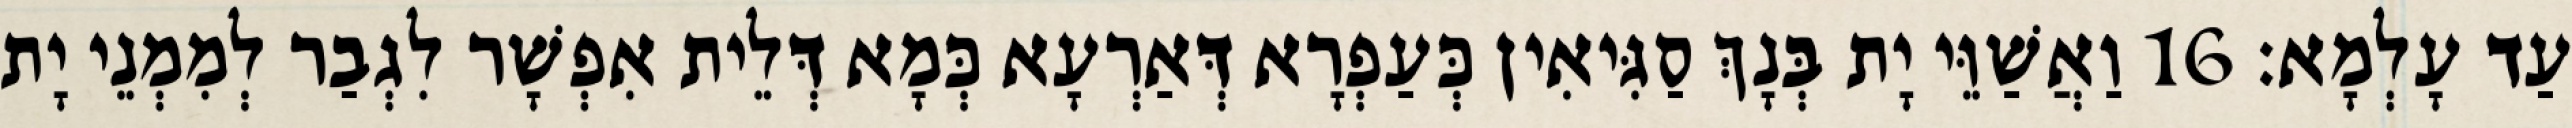
עַד עָלְמָא׃ 16 וַאֲשַׁוֵּי יָת בְּנָךְ סַגִּיאִין כְּעַפְרָא דְּאַרְעָא כְּמָא דְּלֵית אִפְשָׁר לִגְבַר לְמִמְנֵי יָת